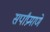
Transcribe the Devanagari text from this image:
सर्पांप्रमाणे